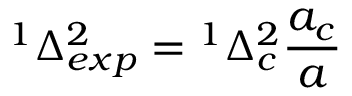
{ ^ { 1 } \Delta _ { e x p } ^ { 2 } } = { ^ { 1 } \Delta _ { c } ^ { 2 } } { \frac { a _ { c } } { a } }